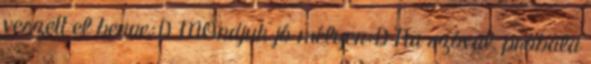
veszett el benne:D MOndjuk jó mélyen:D Na szóval, próbáld